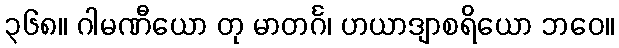
၃၆၈။ ဂါမဏီယော တု မာတင်္ဂ၊ ဟယာဒျာစရိယော ဘဝေ။